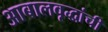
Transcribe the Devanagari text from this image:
आबालवृद्धांची